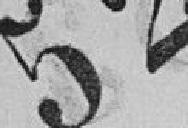
52